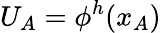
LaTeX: U_{A}=\phi^{h}(x_{A})